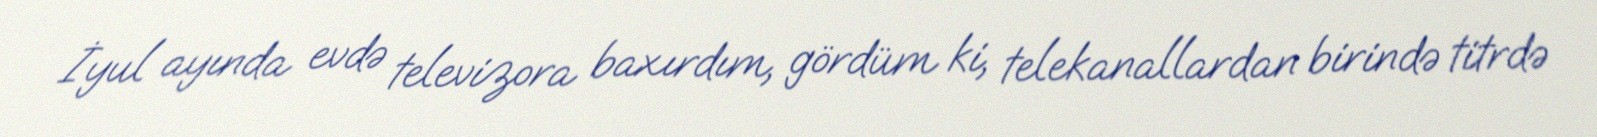
İyul ayında evdə televizora baxırdım, gördüm ki, telekanallardan birində titrdə